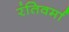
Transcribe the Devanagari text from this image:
रंतिवर्मा